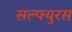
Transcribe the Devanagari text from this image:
सल्फ्युरस